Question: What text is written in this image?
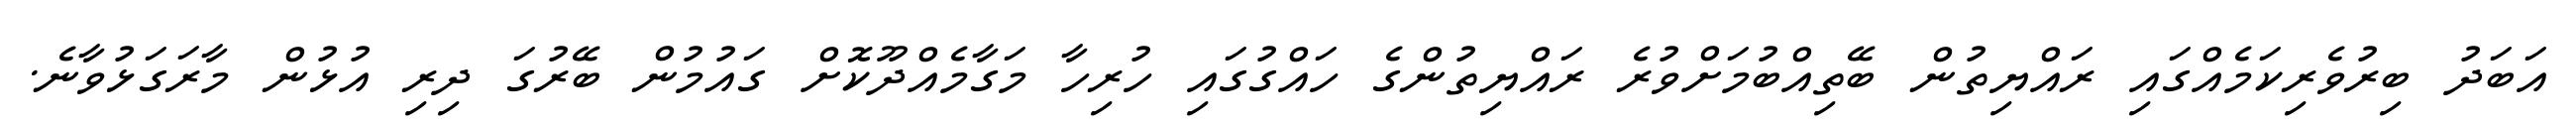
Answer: އަބަދު ބިރުވެރިކަމެއްގައި ރައްޔިތުން ބޭތިއްބުމަށްވުރެ ރައްޔިތުންގެ ހައްގުގައި ހުރިހާ މަގާމެއްދޫކޮށް ގައުމުން ބޭރުގަ ދިރި އުޅުން މާރަގަޅުވާނެ.